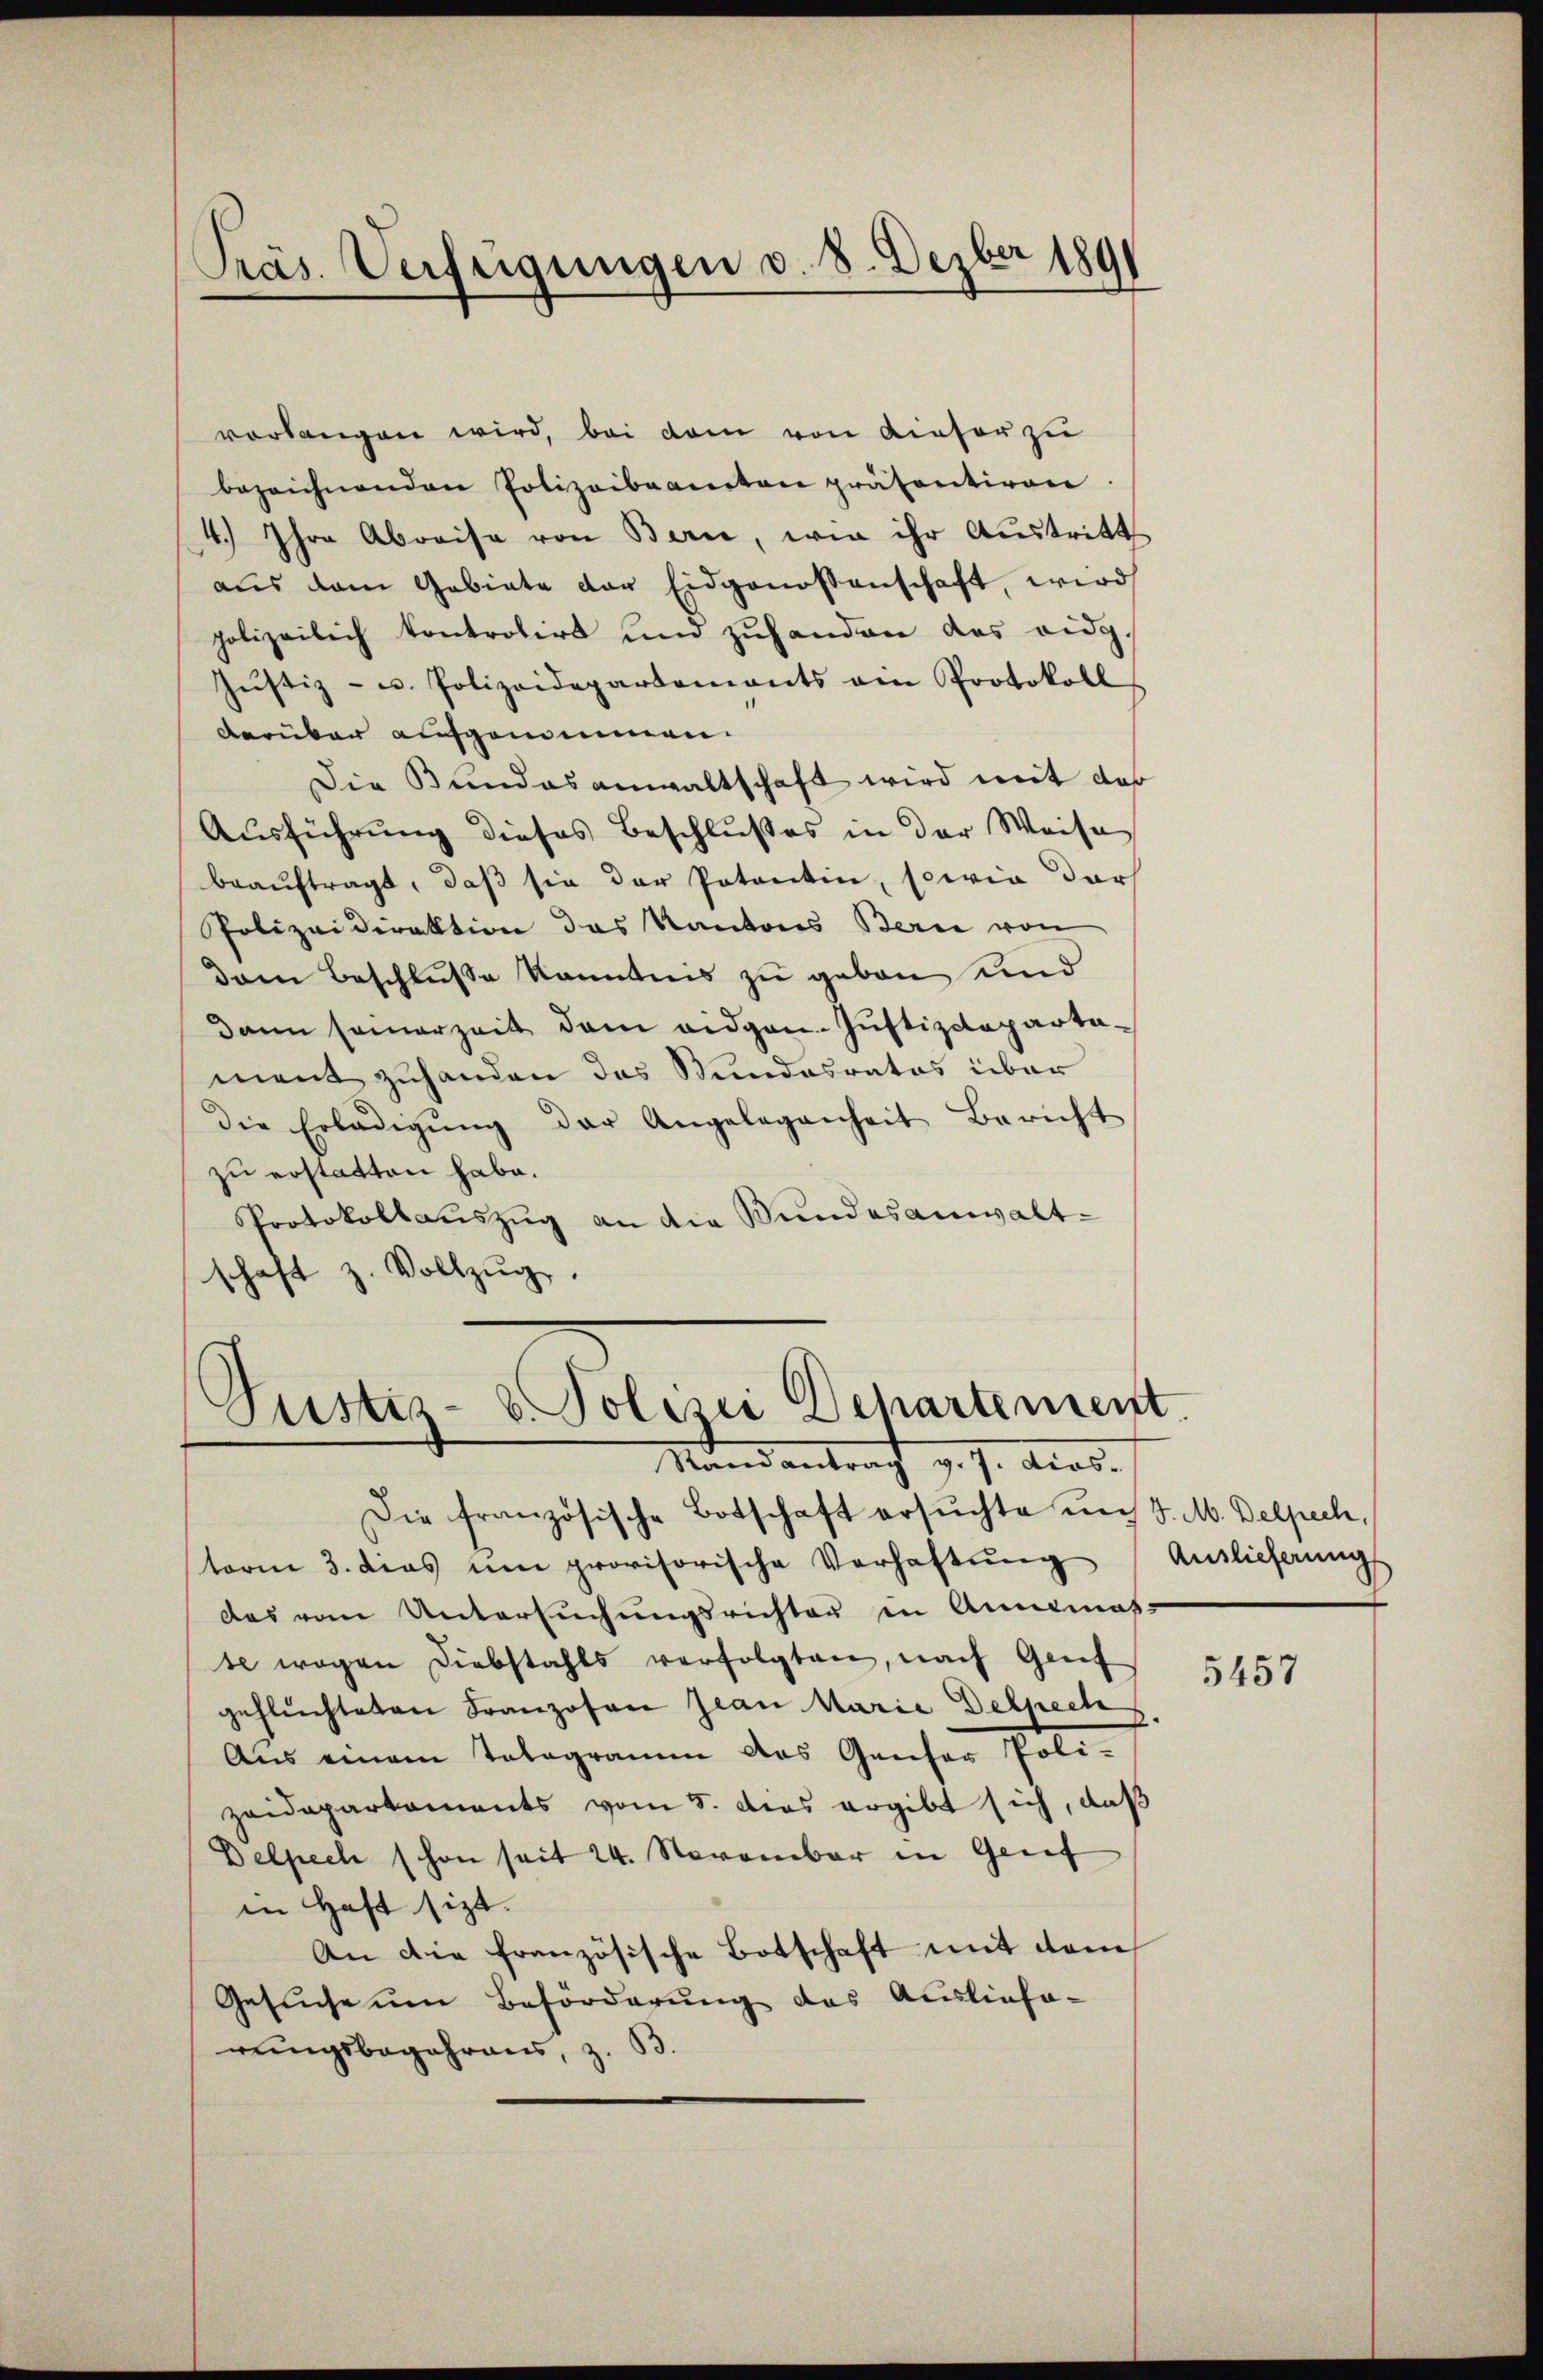
Präs. Verfügungen v. 8. Dezber 189

vorlangen wird, bei dem von Dieser zu
bezeichnenden Polizeibeamten präsentiren.
4.) Ihre Abreise von Bern, wie ihr Austritt
aŭs dem Gebiete der Eidgenossenschaft, wird
polizeilich kontrolirt und zuhanden das eidg¬
Jŭstiz- u. Polizeidepartements ein Protokoll
darüber aufgenommen.
Die Bundesanwaltschaft wird mit das
Ausführung dieses Beschlußes in der Weise
beauftragt, daß sie der Potentin, sowie darf
Polizeidirektion das Kantons Bern von
dem Beschluße Kenntnis zu geben und
dann seinerzeit dem eidgan-Justizdepartament zuhanden das Stundesratos über
die Erledigŭng der Angelegenheit Bericht
zu erstatten habe.
Protokollaŭszŭg an die Wundesanwaltschaft z. Vollzŭg.

Justiz- & Polizei Departement
Mandantraf v. J. Art.

Die französische Botschaft ersŭchte uns d. M. Delpech,
term 3. dies um provisorische Verhaftŭng Auslieferungs
das vom Untersuchungsrichter in Annemas-
te wegen Diebstahls verfolgten, nach Genf
geflüchteten Franzosen Jean Marie Delpech
Aus einem Tologramm das Ganser Polizeidepartaments vom 5. dies ergibt sich, daß
Delpech schon seit 24. November in Geif
in Haft sitzt.
An die französische Botschaft mit dem
Gesuche um Beförderung des Auslieferungsbegehrens, z. B.

5457